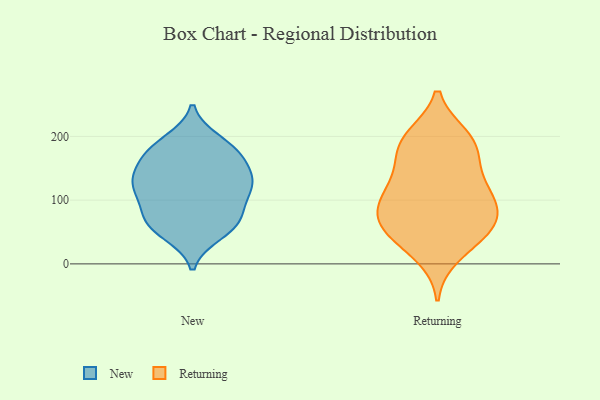
{"axis": {"x": "Population (Million)", "y": "Value"}, "legend": ["New", "Returning"], "data": [{"x": "", "y": 108, "type": "New"}, {"x": "", "y": 69, "type": "New"}, {"x": "", "y": 57, "type": "New"}, {"x": "", "y": 47, "type": "New"}, {"x": "", "y": 132, "type": "New"}, {"x": "", "y": 125, "type": "New"}, {"x": "", "y": 165, "type": "New"}, {"x": "", "y": 168, "type": "New"}, {"x": "", "y": 74, "type": "New"}, {"x": "", "y": 58, "type": "New"}, {"x": "", "y": 125, "type": "New"}, {"x": "", "y": 148, "type": "New"}, {"x": "", "y": 84, "type": "New"}, {"x": "", "y": 178, "type": "New"}, {"x": "", "y": 128, "type": "New"}, {"x": "", "y": 115, "type": "New"}, {"x": "", "y": 193, "type": "New"}, {"x": "", "y": 186, "type": "New"}, {"x": "", "y": 60, "type": "Returning"}, {"x": "", "y": 99, "type": "Returning"}, {"x": "", "y": 196, "type": "Returning"}, {"x": "", "y": 100, "type": "Returning"}, {"x": "", "y": 199, "type": "Returning"}, {"x": "", "y": 192, "type": "Returning"}, {"x": "", "y": 159, "type": "Returning"}, {"x": "", "y": 122, "type": "Returning"}, {"x": "", "y": 14, "type": "Returning"}, {"x": "", "y": 43, "type": "Returning"}, {"x": "", "y": 136, "type": "Returning"}, {"x": "", "y": 42, "type": "Returning"}, {"x": "", "y": 69, "type": "Returning"}, {"x": "", "y": 181, "type": "Returning"}, {"x": "", "y": 105, "type": "Returning"}, {"x": "", "y": 63, "type": "Returning"}, {"x": "", "y": 78, "type": "Returning"}]}